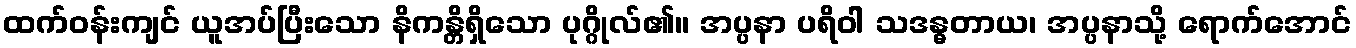
ထက်ဝန်းကျင် ယူအပ်ပြီးသော နိကန္တိရှိသော ပုဂ္ဂိုလ်၏။ အပ္ပနာ ပရိဝါ သဒန္ဓတာယ၊ အပ္ပနာသို့ ရောက်အောင်